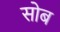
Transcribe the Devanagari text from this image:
सोब